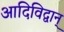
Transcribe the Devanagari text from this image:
आदिविद्वान्‌